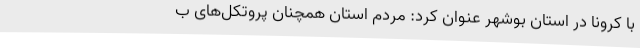
با کرونا در استان بوشهر عنوان کرد: مردم استان همچنان پروتکل‌های ب